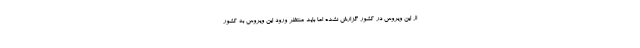
از این ویروس در کشور گزارش نشده اما باید منتظر ورود این ویروس به کشور